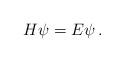
LaTeX: \begin{align*} H\psi=E\psi\,.\end{align*}